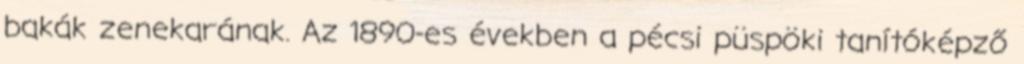
bakák zenekarának. Az 1890-es években a pécsi püspöki tanítóképző